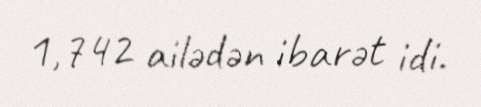
1,742 ailədən ibarət idi.